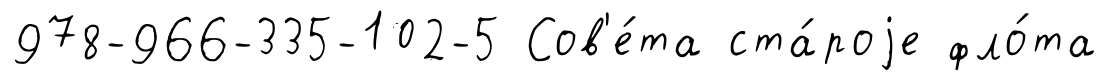
978-966-335-102-5 Сов'е́та ста́роjе фло́та